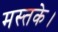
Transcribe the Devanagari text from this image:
मस्तके।